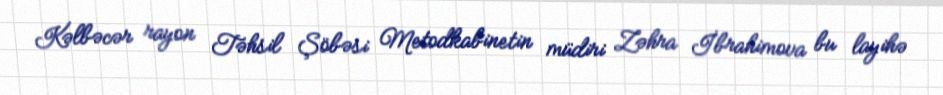
Kəlbəcər rayon Təhsil Şöbəsi Metodkabinetin müdiri Zəhra İbrahimova bu layihə